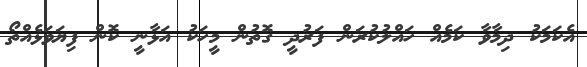
އެކަމަކު ދިމާވާ ކަމެއް ހައްލުކުރަން ފަރުދީ ގޮތުން މީހަކު އަޅާނީ ކޮން ފިޔަވަޅެއްތޯ